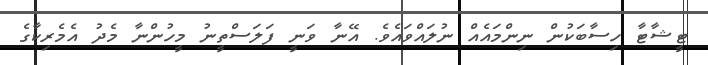
ޓީޝާޓާ ހިސާބަކުން ނިންމައެެއް ނުލައްވައެވެ. އޭނާ ވަނީ ފަލަސްތީނު މީހުންނާ މެދު އެމެރިކާގެ